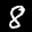
Label: 8